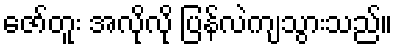
ဇော်တူး အလိုလို ပြန်လဲကျသွားသည်။